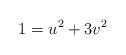
LaTeX: \begin{align*} 1=u^2+3v^2\end{align*}